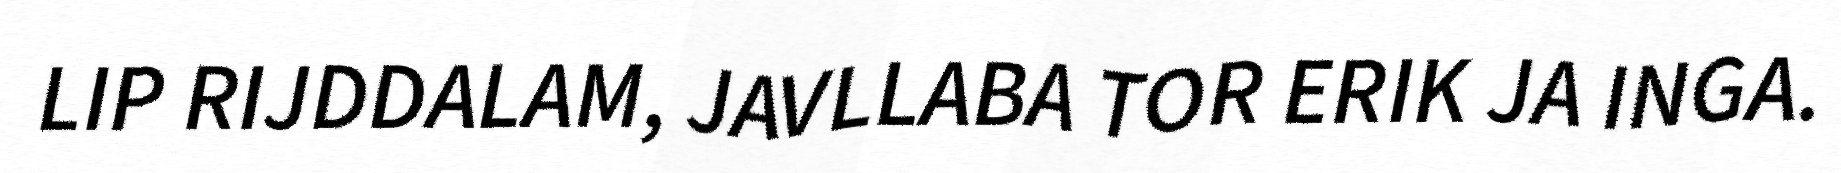
LIP RIJDDALAM, JAVLLABA TOR ERIK JA INGA.